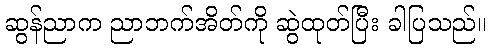
ဆွန်ညာက ညာဘက်အိတ်ကို ဆွဲထုတ်ပြီး ခါပြသည်။